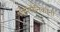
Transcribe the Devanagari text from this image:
भीमसैनिकांनी